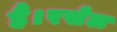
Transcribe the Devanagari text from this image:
हैं।रसेल